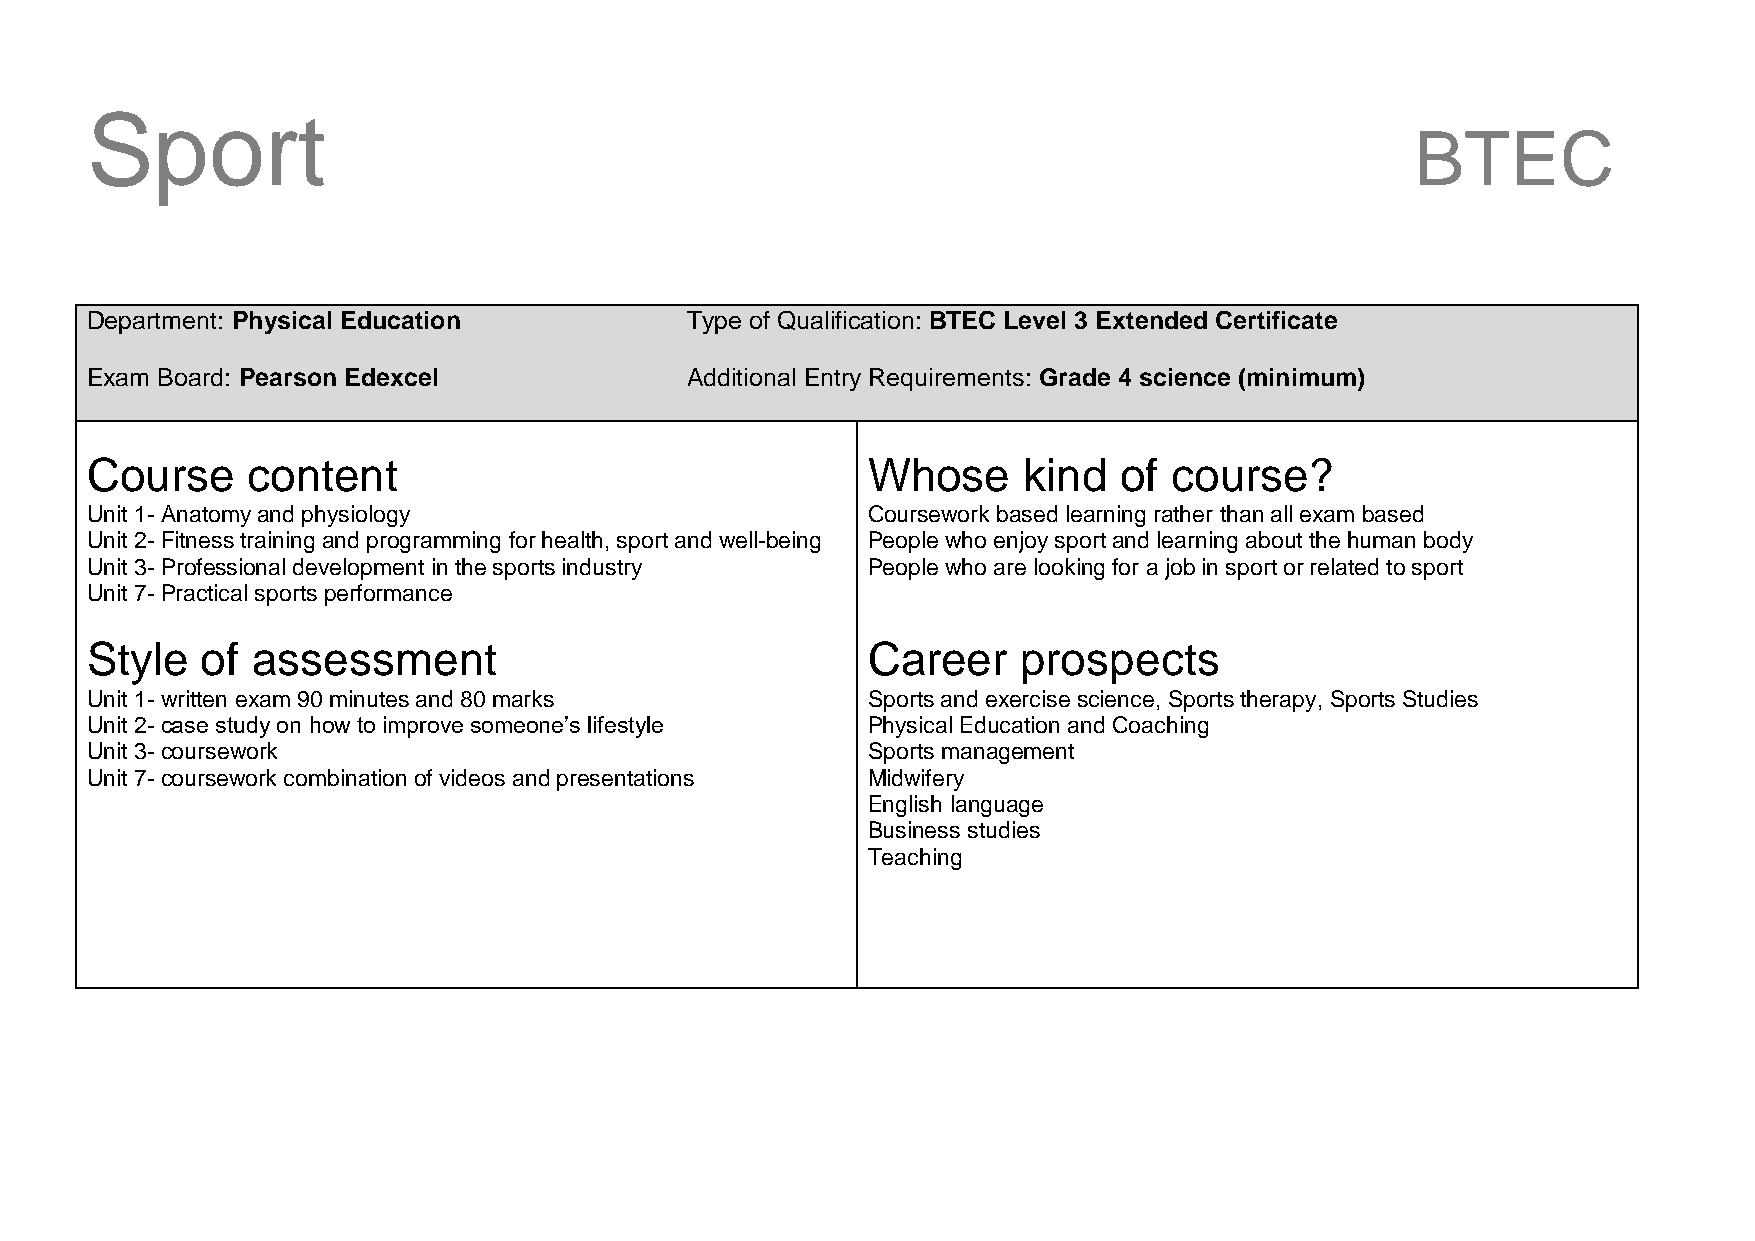
Sport
 BTEC
 Department: Physical Education         Type of Qualification: BTEC Level 3 Extended Certificate
 Exam Board: Pearson Edexcel            Additional Entry Requirements: Grade 4 science (minimum)
 Course    content                                  Whose      kind  of course?
 Unit 1- Anatomy and physiology                     Coursework based learning rather than all exam based
 Unit 2- Fitness training and programming for health, sport and well-being People who enjoy sport and learning about the human body
 Unit 3- Professional development in the sports industry People who are looking for a job in sport or related to sport
 Unit 7- Practical sports performance
 Style  of  assessment                              Career     prospects
 Unit 1- written exam 90 minutes and 80 marks       Sports and exercise science, Sports therapy, Sports Studies
 Unit 2- case study on how to improve someone’s lifestyle Physical Education and Coaching
 Unit 3- coursework                                 Sports management
 Unit 7- coursework combination of videos and presentations Midwifery
 English language
 Business studies
 Teaching